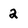
Character: 2